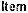
ITEM